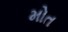
મોત